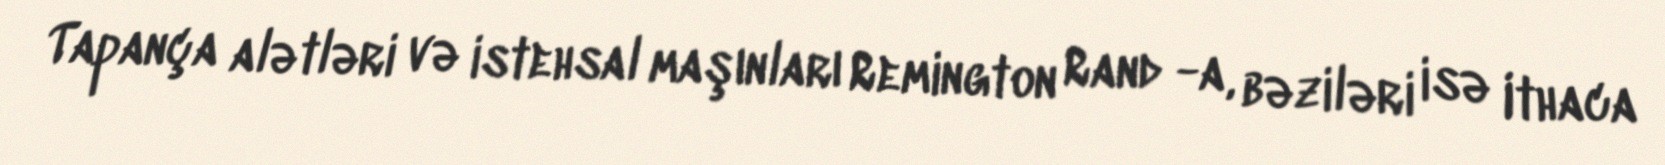
Tapança alətləri və istehsal maşınları Remington Rand -a, bəziləri isə Ithaca